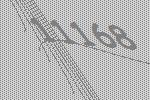
11168